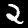
Label: 2